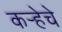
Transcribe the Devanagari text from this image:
कर्‍हेचे